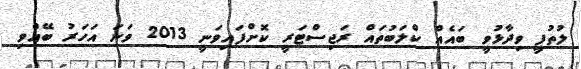
ލުތުފީ ވިދާޅުވީ ބައެއް ކްލަބުތައް ރަޖިސްޓަރީ ކޮށްފައިވަނީ 2013 ވަނަ އަހަރު ބޭއްވި